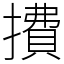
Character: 㩌